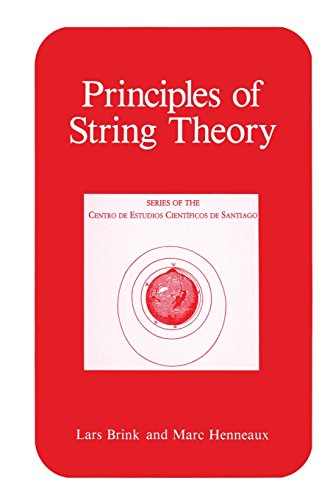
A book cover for Principles of String Theory (Series of the Centro De Estudios CientÃ­ficos); Lars Brink; Science & Math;